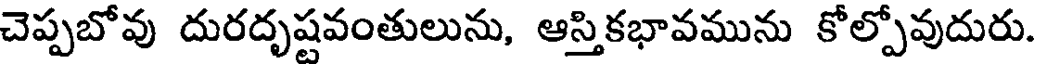
చెప్పబోవు దురదృష్టవంతులును, ఆస్తికభావమును కోల్పోవుదురు.